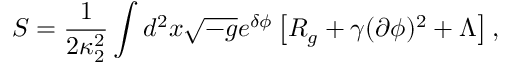
S = { \frac { 1 } { 2 \kappa _ { 2 } ^ { 2 } } } \int d ^ { 2 } x \sqrt { - g } e ^ { \delta \phi } \left[ { \cal R } _ { g } + \gamma ( \partial \phi ) ^ { 2 } + \Lambda \right] ,